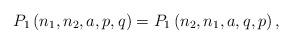
LaTeX: \begin{align*}P_{1}\left(n_{1},n_{2},a,p,q\right)=P_{1}\left(n_{2},n_{1},a,q,p\right),\,\end{align*}